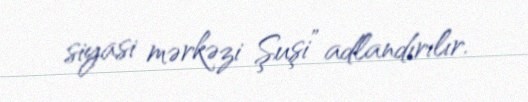
siyasi mərkəzi Şuşi” adlandırılır.